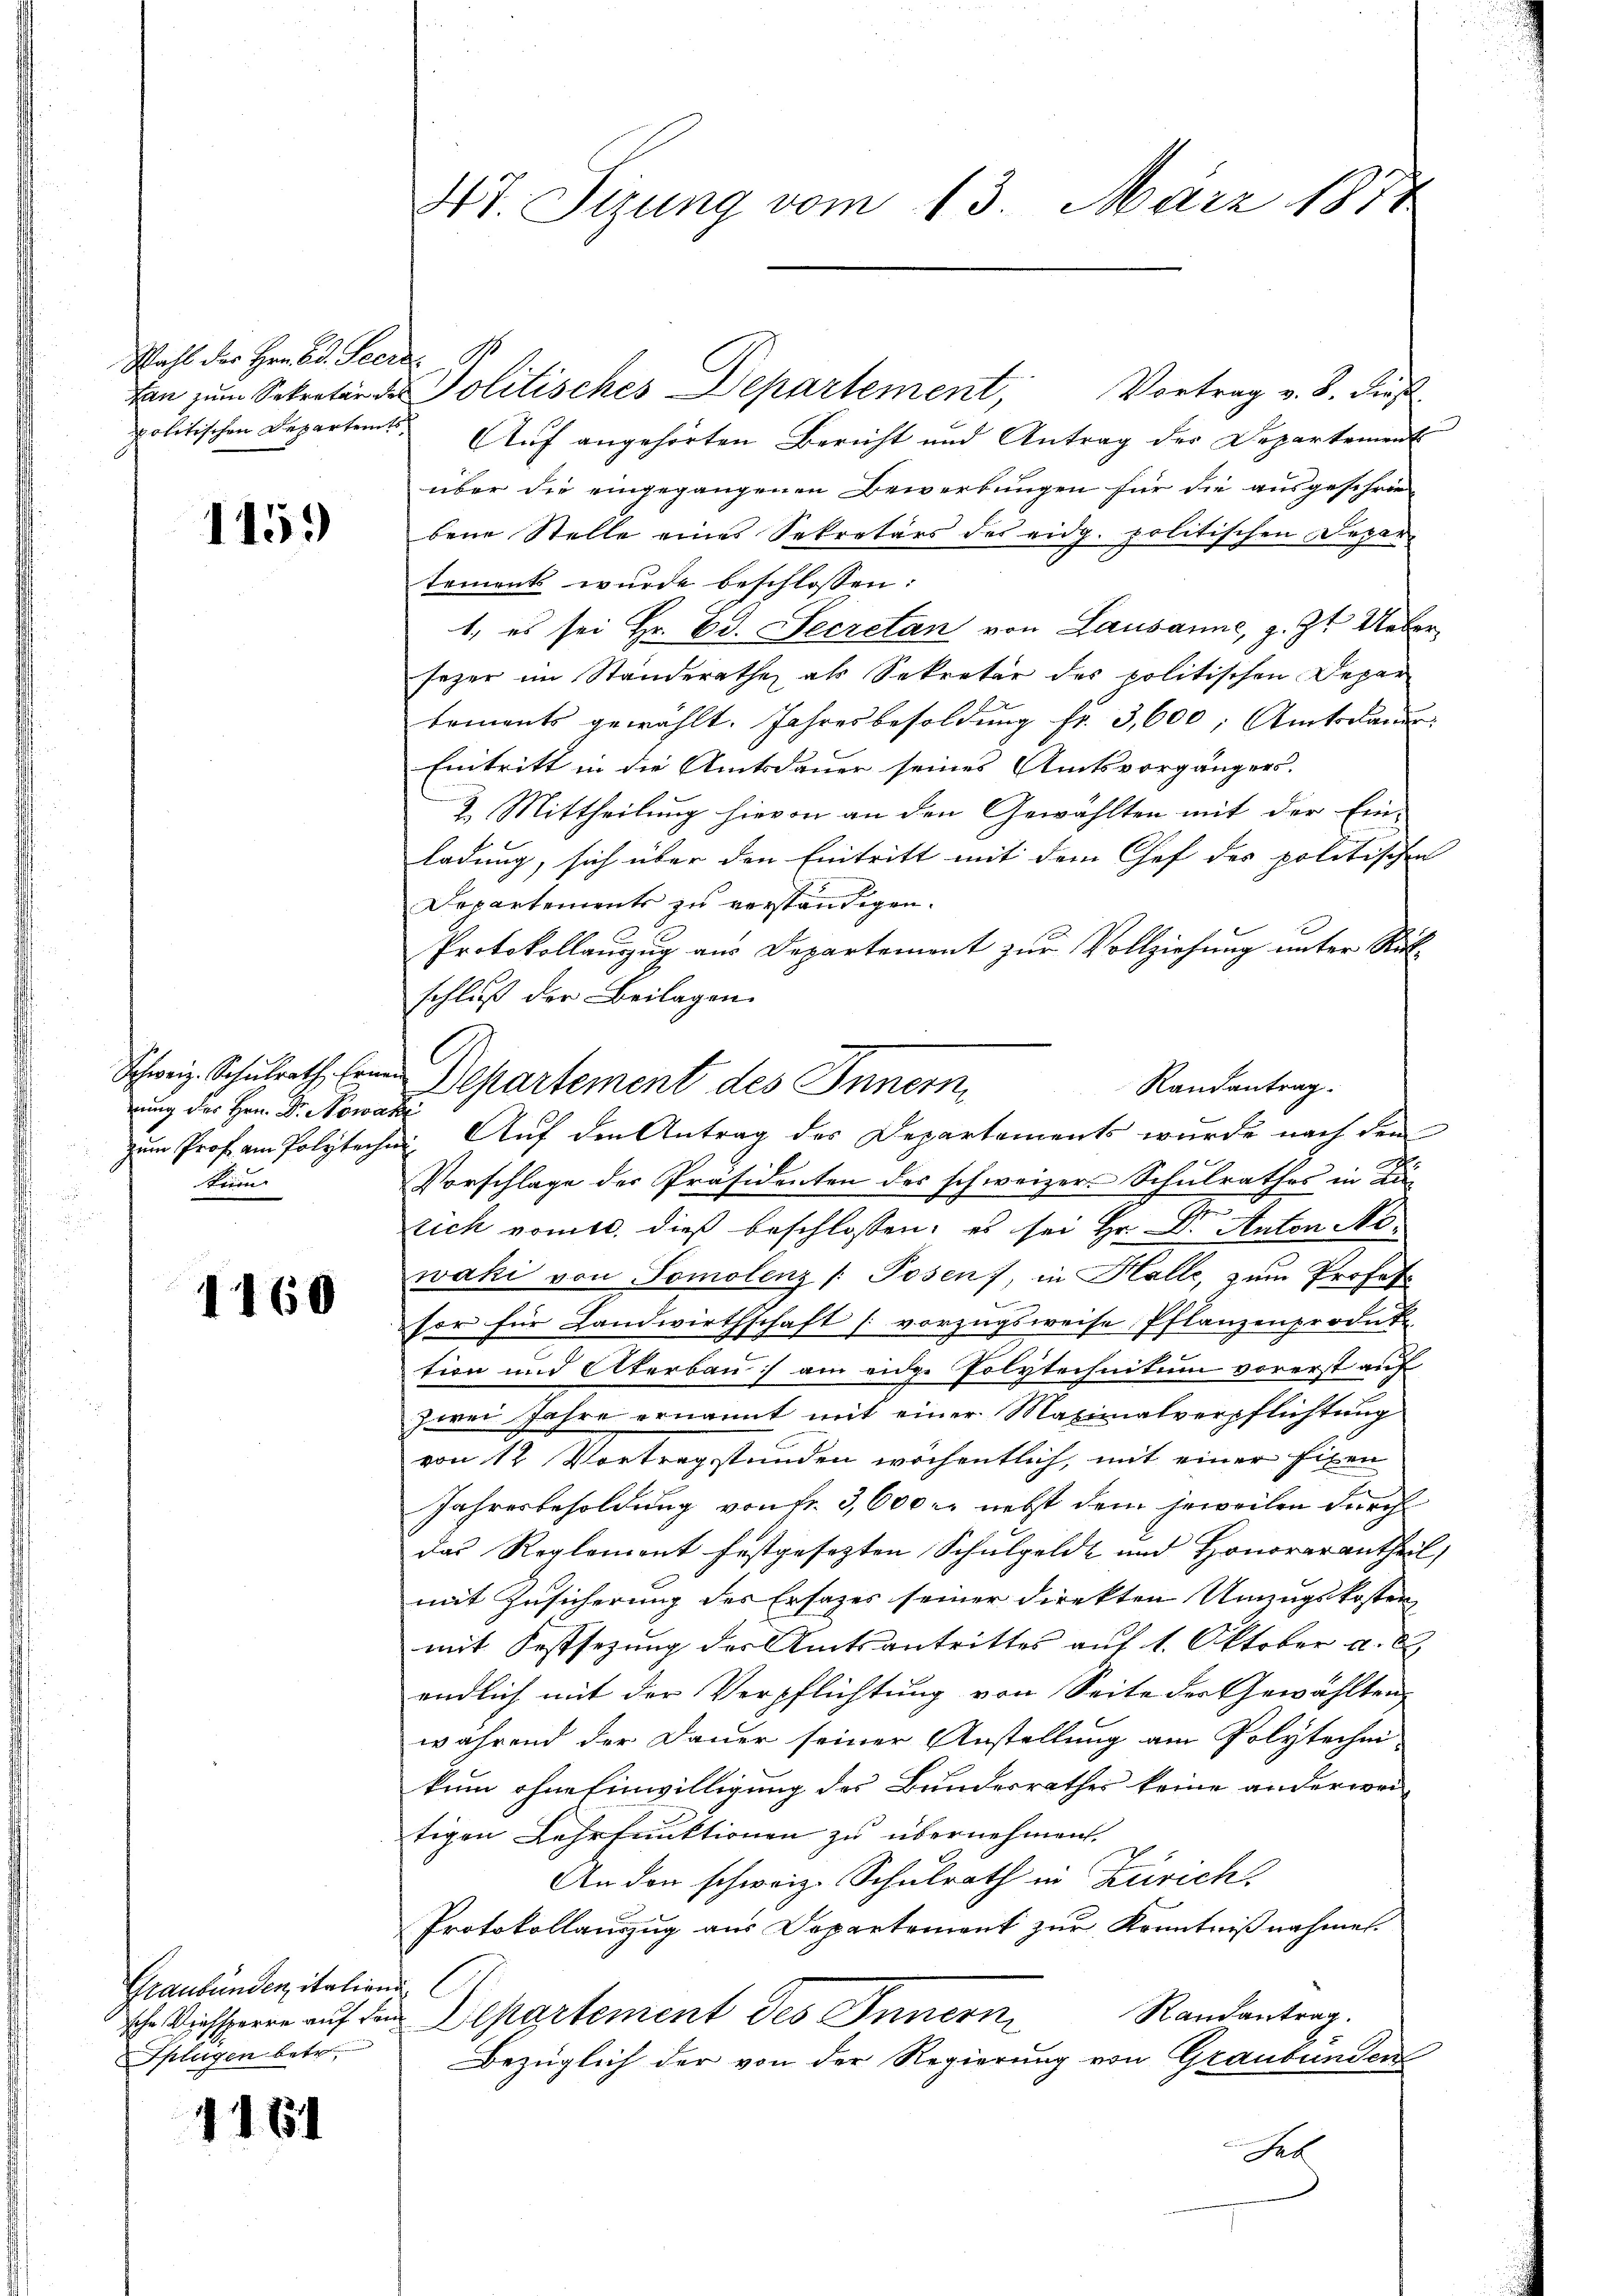
Wahl der Hrn. F. Secre
politischen Departents

1159

nung der Hrn. Dr. Nowakze
kinn

1160

Graubünden, italieni
Splagen betr.

1161

47. Sizung vom 13. März 1871

Auf angehörten Bericht und Antrag der Departement
über die eingegangenen Bewerbungen für die ausgeschrie
bene Stelle eines Sekretärs des eidg. politischen Departement wurde beschlossen:
1, es sei Hr. Ed. Secretan von Lausanne, z. Zt. Ueber
sezer im Standerathe als Sekretär des politischen Depar
toments gewählt. Jahresbesoldung fr. 3,600; Amtsdauer
Eintritt in die Amtsdauer seines Amtsvorgängers.
2. Mittheilung hievon an den Gewählten mit der Ein-
ladung, sich über den Eintritt mit dem Chef des politischen
Departements zu verständigen.
Protokollauszug aus Departement zur Vollziehung unter Rükschluß der Beilagen.
Schweiz. Schulrath in Departement des Innern,
Vorschlage der Präsidenten des schweizer Schulrathes in Ka-
.
sich vomtl. dieß beschlossen: es sei Hr. Dr. Anton Nowaki von Somolenz /: Posen) in Holle, zum Profes-
sor für Landwirthschaft vorzugsweise Pflanzenproduk
tion und Uferbau am eider Polytechnitum vorerst auf
zwei Jahre ernannt mit einer Maximalverpflichtung
von 12 Vortragstunden wöchentlich, mit einer Eigen
Jahresbesoldung von fr. 3,600 r. nebst dem jeweilen durch
das Reglement festgesezten Schulgeldt und Honorarantheil,
mit Zusicherung der Ersatzes seiner Direkten Umzugskosten
mit Festsezung des Amtsantrittes auf 1. Oktober a. E
endlich mit der Verpflichtung von Seite der Gewählten
während der Dauer seiner Anstellung am Polytechei
kum ohne Einwilligung des Bundesrathes keine anderwei-
tigen Lehrfunktionen zu übernehmen.
An den schweiz. Schulrath in Zürich.
Protokollauszug aus Departement zur Kenntnißnahmen.
Randantrag
h. Diesserre auf den Departement des Innern
Bezüglich der von der Regierung von Graubünden
Fel

kan zŭm Sekretär der Politisches Departement, Vortrag v. 8. dieß

Randantrag.
zum Prof. an Polytechen. Auf den Antrag des Departements wurde nach den